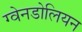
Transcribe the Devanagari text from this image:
ग्वेनडोलियन